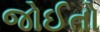
જોઈતો